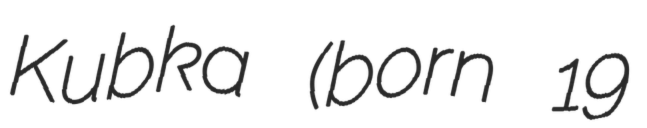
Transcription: Kubka (born 19